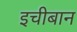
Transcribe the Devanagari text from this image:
इचीबान